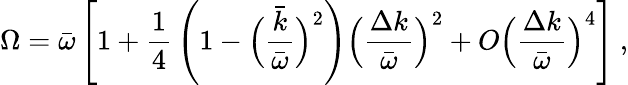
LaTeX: \Omega=\bar{\omega}\left[1+{\frac{1}{4}}\left(1-\Big({\frac{\bar{k}}{\bar{\omega}}}\Big)^{2}\right)\Big({\frac{\Delta k}{\bar{\omega}}}\Big)^{2}+O\Big({\frac{\Delta k}{\bar{\omega}}}\Big)^{4}\right]~,